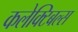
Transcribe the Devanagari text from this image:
कलेक्टिबल्स